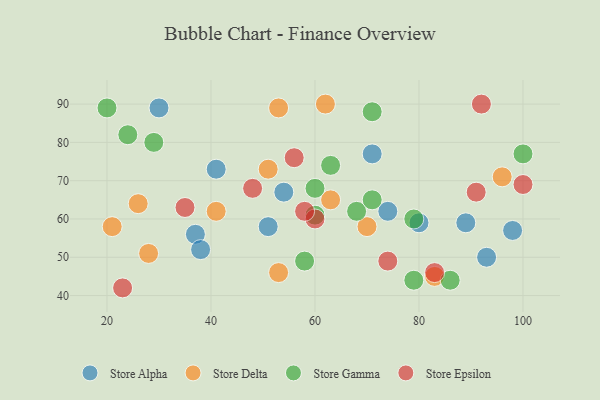
{"axis": {"x": "GDP", "y": "Life Expectancy"}, "legend": ["Store Alpha", "Store Delta", "Store Epsilon", "Store Gamma"], "data": [{"x": "93", "y": 50, "type": "Store Alpha"}, {"x": "54", "y": 67, "type": "Store Alpha"}, {"x": "51", "y": 58, "type": "Store Alpha"}, {"x": "74", "y": 62, "type": "Store Alpha"}, {"x": "71", "y": 77, "type": "Store Alpha"}, {"x": "80", "y": 59, "type": "Store Alpha"}, {"x": "98", "y": 57, "type": "Store Alpha"}, {"x": "37", "y": 56, "type": "Store Alpha"}, {"x": "30", "y": 89, "type": "Store Alpha"}, {"x": "89", "y": 59, "type": "Store Alpha"}, {"x": "38", "y": 52, "type": "Store Alpha"}, {"x": "41", "y": 73, "type": "Store Alpha"}, {"x": "96", "y": 71, "type": "Store Delta"}, {"x": "28", "y": 51, "type": "Store Delta"}, {"x": "62", "y": 90, "type": "Store Delta"}, {"x": "21", "y": 58, "type": "Store Delta"}, {"x": "26", "y": 64, "type": "Store Delta"}, {"x": "70", "y": 58, "type": "Store Delta"}, {"x": "63", "y": 65, "type": "Store Delta"}, {"x": "51", "y": 73, "type": "Store Delta"}, {"x": "53", "y": 89, "type": "Store Delta"}, {"x": "83", "y": 45, "type": "Store Delta"}, {"x": "41", "y": 62, "type": "Store Delta"}, {"x": "53", "y": 46, "type": "Store Delta"}, {"x": "24", "y": 82, "type": "Store Gamma"}, {"x": "29", "y": 80, "type": "Store Gamma"}, {"x": "20", "y": 89, "type": "Store Gamma"}, {"x": "58", "y": 49, "type": "Store Gamma"}, {"x": "100", "y": 77, "type": "Store Gamma"}, {"x": "60", "y": 61, "type": "Store Gamma"}, {"x": "79", "y": 44, "type": "Store Gamma"}, {"x": "86", "y": 44, "type": "Store Gamma"}, {"x": "71", "y": 88, "type": "Store Gamma"}, {"x": "63", "y": 74, "type": "Store Gamma"}, {"x": "68", "y": 62, "type": "Store Gamma"}, {"x": "60", "y": 68, "type": "Store Gamma"}, {"x": "79", "y": 60, "type": "Store Gamma"}, {"x": "71", "y": 65, "type": "Store Gamma"}, {"x": "60", "y": 60, "type": "Store Epsilon"}, {"x": "23", "y": 42, "type": "Store Epsilon"}, {"x": "35", "y": 63, "type": "Store Epsilon"}, {"x": "56", "y": 76, "type": "Store Epsilon"}, {"x": "48", "y": 68, "type": "Store Epsilon"}, {"x": "92", "y": 90, "type": "Store Epsilon"}, {"x": "74", "y": 49, "type": "Store Epsilon"}, {"x": "91", "y": 67, "type": "Store Epsilon"}, {"x": "83", "y": 46, "type": "Store Epsilon"}, {"x": "58", "y": 62, "type": "Store Epsilon"}, {"x": "100", "y": 69, "type": "Store Epsilon"}]}